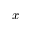
x